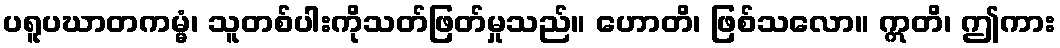
ပရူပဃာတကမ္မံ၊ သူတစ်ပါးကိုသတ်ဖြတ်မှုသည်။ ဟောတိ၊ ဖြစ်သလော။ ဣတိ၊ ဤကား